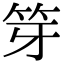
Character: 笌